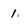
Character: 1